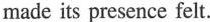
made its presence felt.